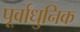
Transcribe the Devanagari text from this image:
पूर्वाधुनिक